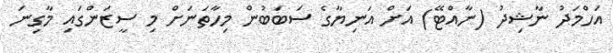
އަހްމަދު ނާޝިދު (ނާއްޓޭ) އަށް އަނިޔާގެ ސަބަބުން މިހާތަނަށް މި ސީޒަންގައި މާގިނަ